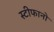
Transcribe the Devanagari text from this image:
स्टीफानो